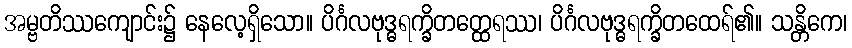
အမ္ဗတိဿကျောင်း၌ နေလေ့ရှိသော။ ပိင်္ဂလဗုဒ္ဓရက္ခိတတ္ထေရဿ၊ ပိင်္ဂလဗုဒ္ဓရက္ခိတထေရ်၏။ သန္တိကေ၊